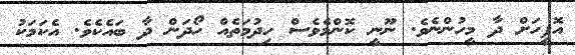
އޮފީހަށް ދާ މީހުންނެވެ. ނޫނީ ކޮންމެވެސް ހިދުމަތެއް ހޯދަން ދާ ބައެކެވެ. އެކަމަކު